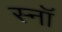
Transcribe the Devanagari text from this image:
स्नॉ